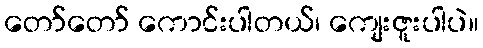
တော်တော် ကောင်းပါတယ်၊ ကျေးဇူးပါပဲ။